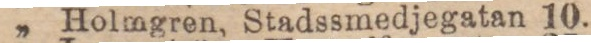
„ Holmgren, Stadssmedjegatan 10.